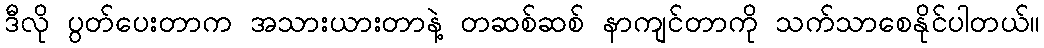
ဒီလို ပွတ်ပေးတာက အသားယားတာနဲ့ တဆစ်ဆစ် နာကျင်တာကို သက်သာစေနိုင်ပါတယ်။